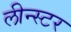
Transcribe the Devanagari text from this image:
लीन्स्टर